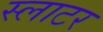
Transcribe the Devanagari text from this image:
स्‍लाटर